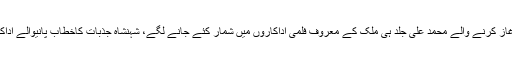
ویب نیوز: 1962 میں فلم ”چراغ جلتا رہا ”سے فلمی کیریئر کا آغاز کرنے والے محمد علی جلد ہی ملک کے معروف فلمی اداکاروں میں شمار کئے جانے لگے، شہنشاہ جذبات کاخطاب پانیوالے اداکار کی لاتعدادسپرہٹ فلمیں آج بھی شائقین کو ان کی یاد دلاتی ہیں۔